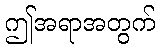
ဤအရာအတွက်